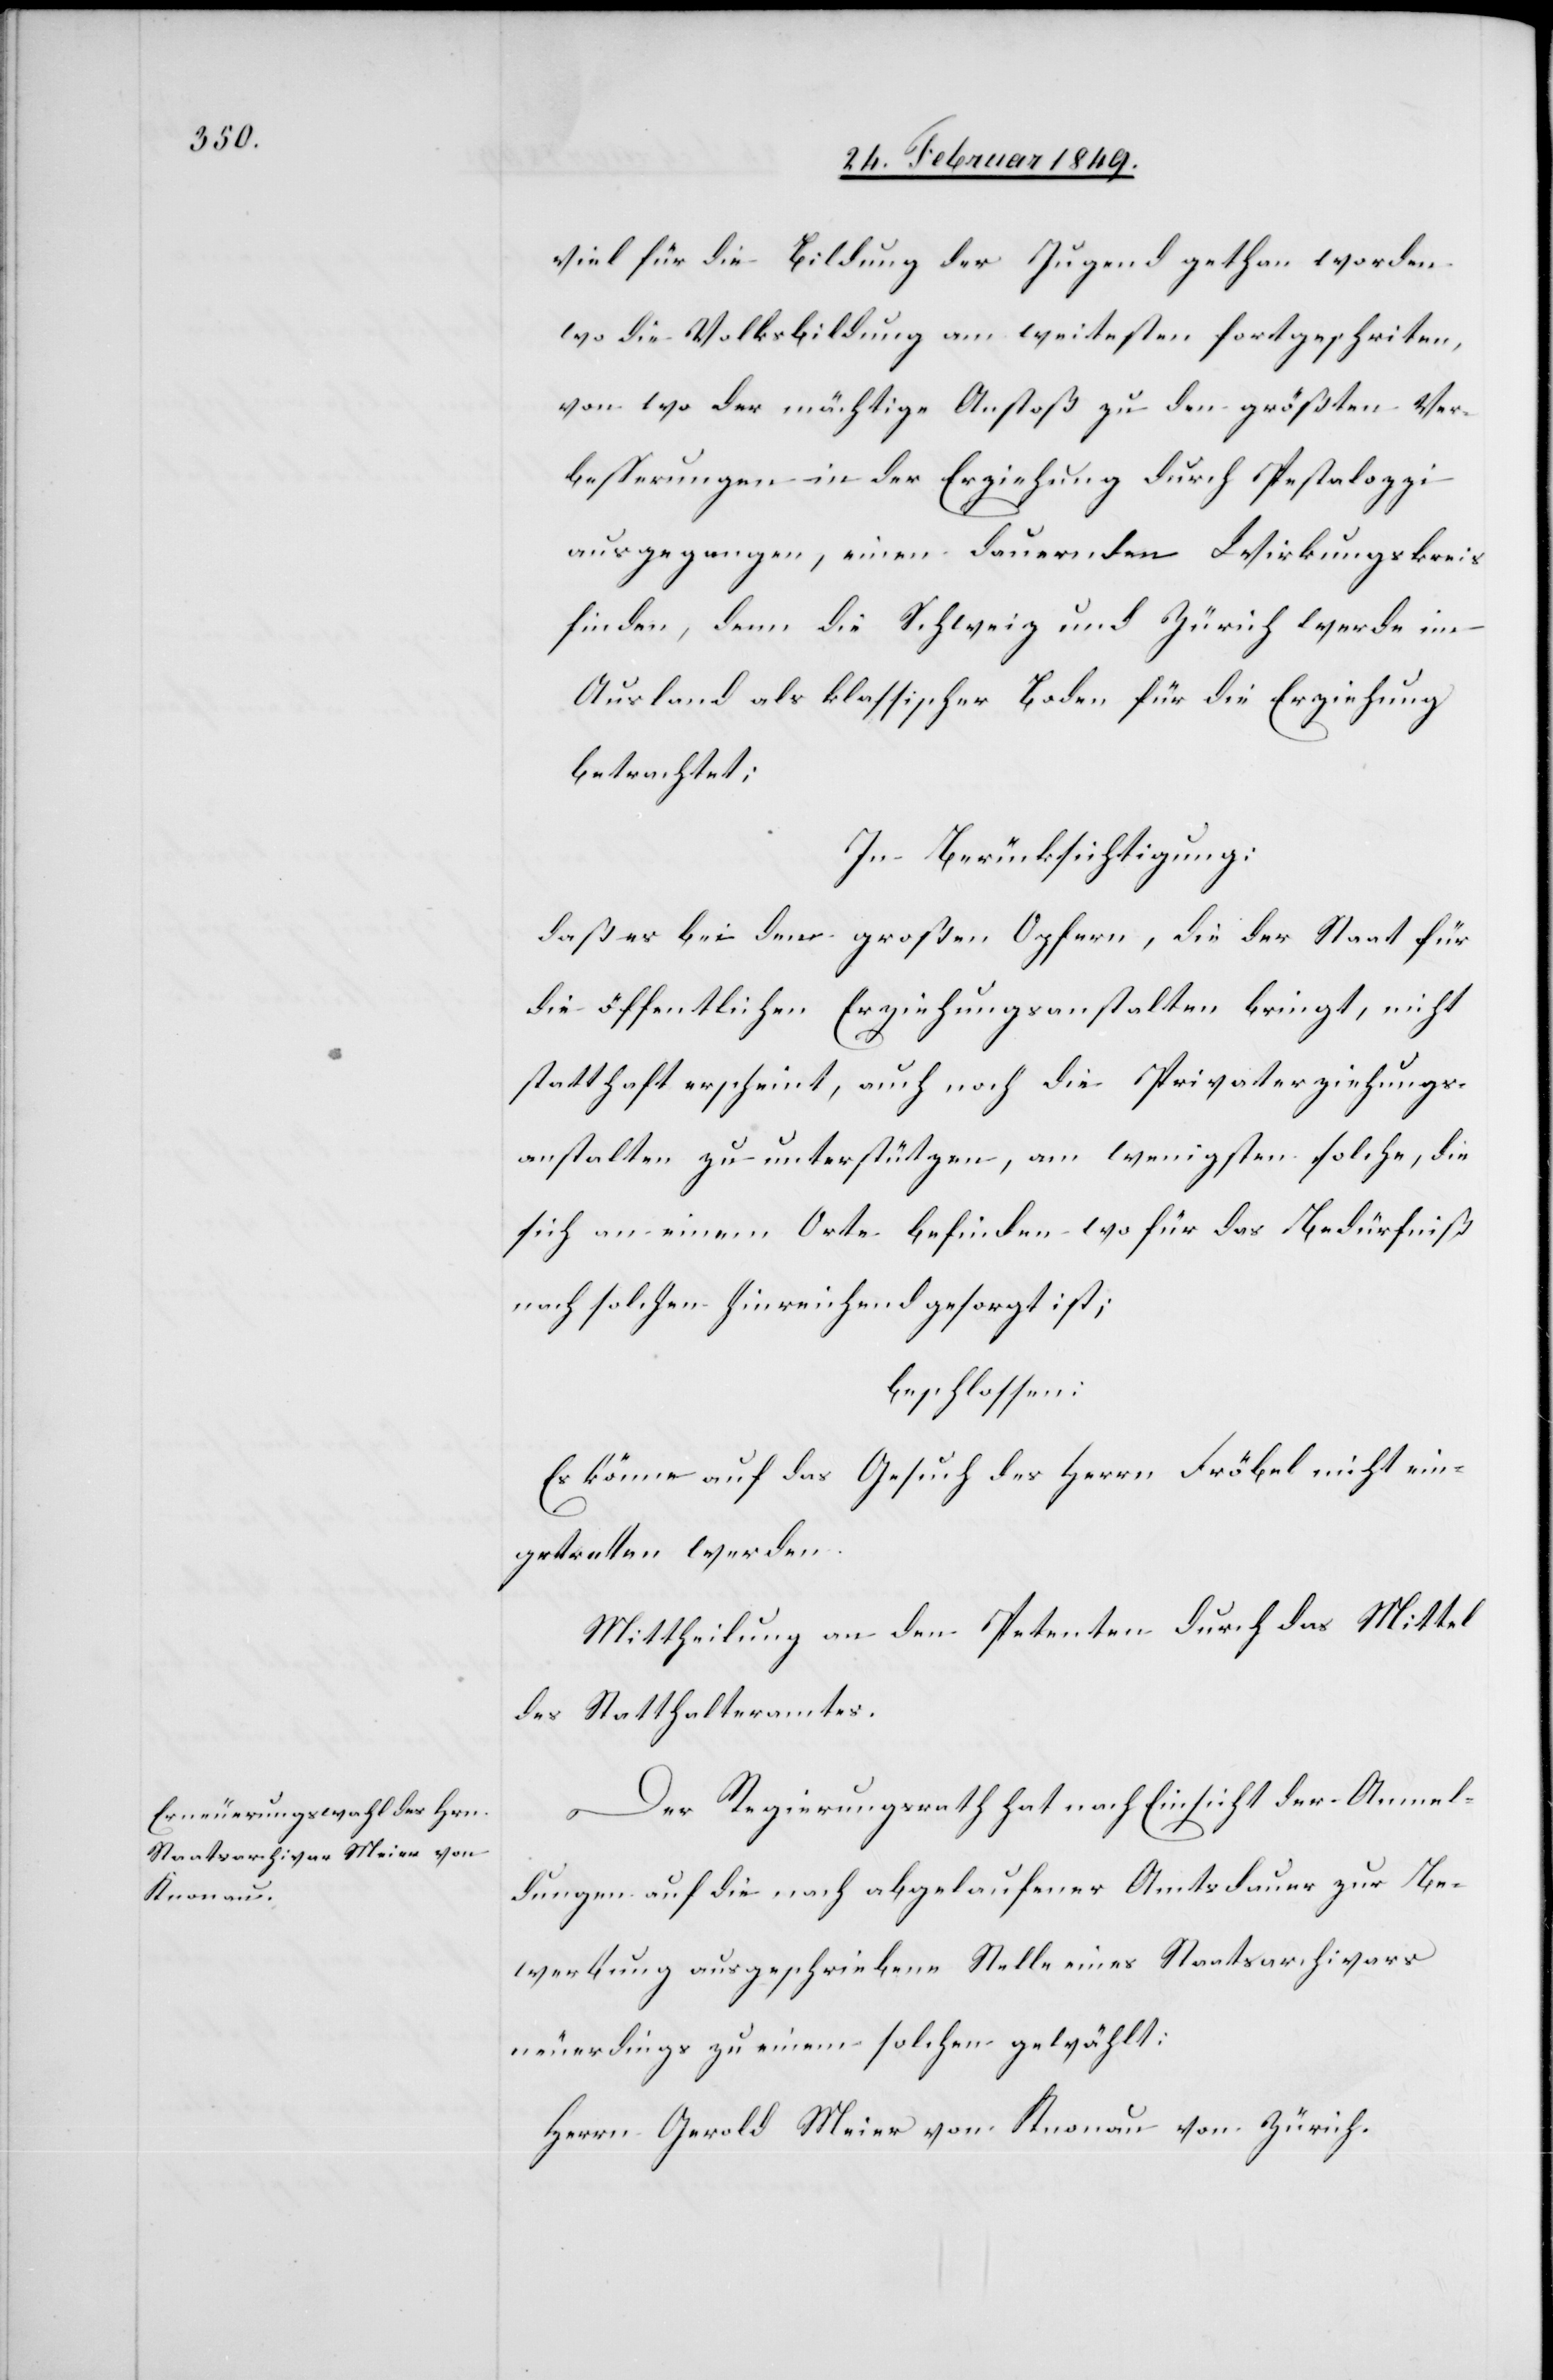
viel für die Bildung der Jugend gethan worden
wo die Volksbildung am weitesten fortgeschriten,
von wo der mächtige Anstoß zu den größten Ver¬
besserungen in der Erziehung durch Pestalozzi
ausgegangen, einen dauernden Wirkungskreis
finden, denn die Schweiz und Zürich werde im
Ausland als klassischer Boden für die Erziehung
betrachtet;
In Berücksichtigung:
daß es bei den großen Opfern, die der Staat für
die öffentlichen Erziehungsanstalten bringt, nicht
statthaft erscheint, auch noch die Privaterziehungs¬
anstalten zu unterstützen, am wenigsten solche, die
sich an einem Orte befinden wo für das Bedürfniß
nach solchen hinreichend gesorgt ist;
beschlossen:
Es könne auf das Gesuch des Herrn Fröbel nicht ein¬
getreten werden.
Mittheilung an den Petenten durch das Mittel
des Statthalteramtes.
Der Regierungsrath hat nach Einsicht der Anmel¬
dungen auf die nach abgelaufener Amtsdauer zur Be¬
werbung ausgeschriebene Stelle eines Staatsarchivars
neuerdings zu einem solchen gewählt:
Herrn Gerold Meier von Knonau von Zürich.